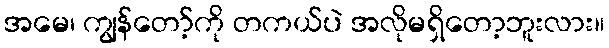
အမေ၊ ကျွန်တော့်ကို တကယ်ပဲ အလိုမရှိတော့ဘူးလား။